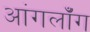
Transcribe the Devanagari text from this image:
आंगलॉँग